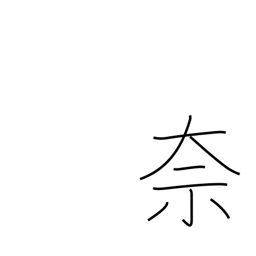
Meaning: what?